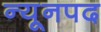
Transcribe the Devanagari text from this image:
न्यूनपद